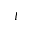
I